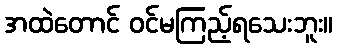
အထဲတောင် ဝင်မကြည့်ရသေးဘူး။